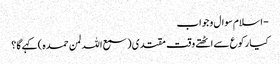
- اسلام سوال و جواب
کیا رکوع سے اٹھتے وقت مقتدی ( سمع اللہ لمن حمدہ ) کہےگا ؟